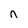
Character: n